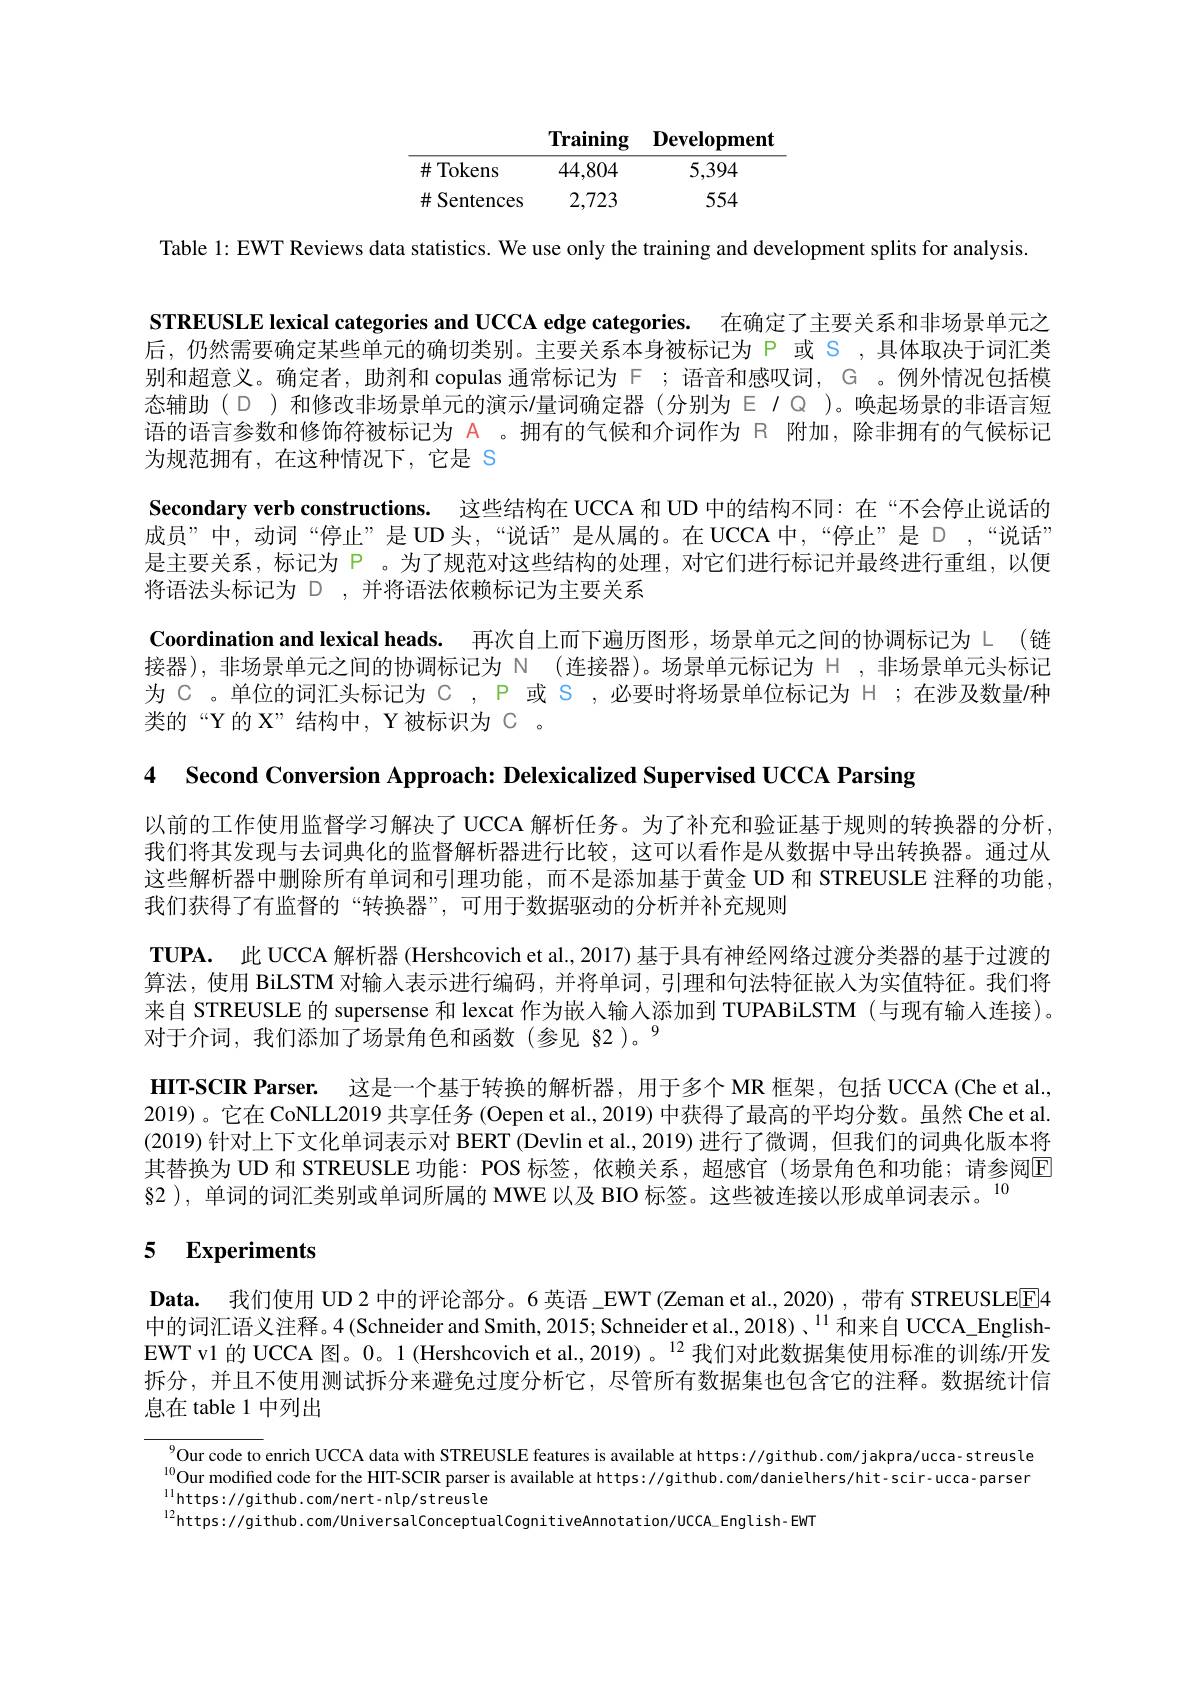
<table>
	<tbody>
		<tr>
			<th> </th>
			<th>$\mathbf{Training}$</th>
			<th>$\mathbf{Development}$</th>
		</tr>
		<tr>
			<td>$\#$ Tokens</td>
			<td>44,804</td>
			<td>5,394</td>
		</tr>
		<tr>
			<td>$\#$ Sentences</td>
			<td>2,723</td>
			<td>554</td>
		</tr>
	</tbody>
</table>

Table 1: EWT Reviews data statistics. We use only the training and development splits for analysis

STREUSLE lexical categories and UCCA edge categories. 在确定了主要关系和非场景单元之后，仍然需要确定某些单元的确切类别。主要关系本身被标记为 P 或 S ,具体取决于词汇类别和超意义。确定者，助剂和 copulas 通常标记为「;语音和感叹词，G 。例外情况包括模态辅助(D )和修改非场景单元的演示$\prime$量词确定器(分别为$\in I\mathbb{Q}$ )。唤起场景的非语言短语的语言参数和修饰符被标记为 A 。拥有的气候和介词作为 R 附加，除非拥有的气候标记为规范拥有，在这种情况下，它是 S
Secondary verb constructions. 这些结构在 UCCA 和 UD 中的结构不同：在“不会停止说话的成员”中，动词“停止”是UD头，“说话”是从属的。在 UCCA 中，“停止”是 D,“说话” 是主要关系，标记为 P 。为了规范对这些结构的处理，对它们进行标记并最终进行重组，以便将语法头标记为 D ,并将语法依赖标记为主要关系
Coordination and lexical heads. 再次自上而下遍历图形，场景单元之间的协调标记为 L (链接器),非场景单元之间的协调标记为 N (连接器)。场景单元标记为 H ,非场景单元头标记为 C 。单位的词汇头标记为 C , P 或 S , 必要时将场景单位标记为 H ;在涉及数量/种类的“Y 的 X”结构中，Y 被标识为 C 。

4 Second Conversion Approach: Delexicalized Supervised UCCA Parsing

以前的工作使用监督学习解决了 UCCA 解析任务。为了补充和验证基于规则的转换器的分析我们将其发现与去词典化的监督解析器进行比较，这可以看作是从数据中导出转换器。通过从这些解析器中删除所有单词和引理功能，而不是添加基于黄金 UD 和 STREUSLE 注释的功能我们获得了有监督的“转换器”,可用于数据驱动的分析并补充规则
$\mathbf{TUPA. }$ 此 UCCA 解析器 (Hershcovich et al., 2017) 基于具有神经网络过渡分类器的基于过渡的算法，使用 BiLSTM 对输入表示进行编码，并将单词，引理和句法特征嵌人为实值特征。我们将来自 STREUSLE 的 supersense 和 lexcat 作为嵌人输入添加到 TUPABiLSTM (与现有输入连接)。对于介词，我们添加了场景角色和函数(参见 §2)。9
HIT-SCIR Parser. 这是一个基于转换的解析器，用于多个 MR 框架，包括 UCCA (Che et al., 2019)。它在 CoNLL2019 共享任务 (Oepen et al., 2019) 中获得了最高的平均分数。虽然 Che et al. (2019)针对上下文化单词表示对 BERT (Devlin et al., 2019) 进行了微调 , 但我们的词典化版本将其替换为 UD 和 STREUSLE 功能：POS 标签，依赖关系，超感官(场景角色和功能；请参阅E 82 ), 单词的词汇类别或单词所属的 MWE 以及 BIO 标签。这些被连接以形成单词表示。$^{10}$

# 5 Experiments

$\textbf{Data. 我 们 使 用 UD 2 中 的 评 论 部 分 。6 英 语 \_ EWT( Zeman et al. , 2020) , 带 有 STREUSLEE[ 4] }$ 中的词汇语义注释。4 (Schneider and Smith, 2015; Schneider et al., 2018)、$^{11}$和来自 UCCA\_English EWT v1 的 UCCA 图。0。1 (Hershcovich et al., 2019) 。$^{12}$我们对此数据集使用标准的训练/开发拆分，并且不使用测试拆分来避免过度分析它，尽管所有数据集也包含它的注释。数据统计信

息在 table 1 中列出

$^{9}$Our code to enrich UCCA data with STREUSLE features is available at https://github.com/jakpra/ucca-streusle $^{10}$Our modified code for the HIT-SCIR parser is available at https://github.com/danielhers/hit-scir-ucca-parser $_{11}$https://github.com/nert-nlp/streusle
$^{12}$https://github.com/UniversalConceptualCognitiveAnnotation/UCCA\_English-EWT